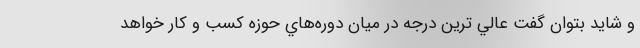
و شايد بتوان گفت عالي ترين درجه در ميان دوره‌هاي حوزه كسب و كار خواهد